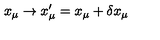
x _ { \mu } \rightarrow x _ { \mu } ^ { \prime } = x _ { \mu } + \delta x _ { \mu }